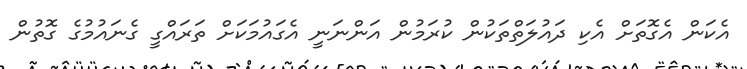
އެކަން އެގޮތަށް އެކި ދައުލަތްތަކުން ކުރަމުން އަންނަނީ އެގައުމަކަށް ތަރައްގީ ގެނައުމުގެ ގޮތުން